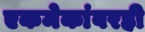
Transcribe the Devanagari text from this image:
एकमेकांवरही